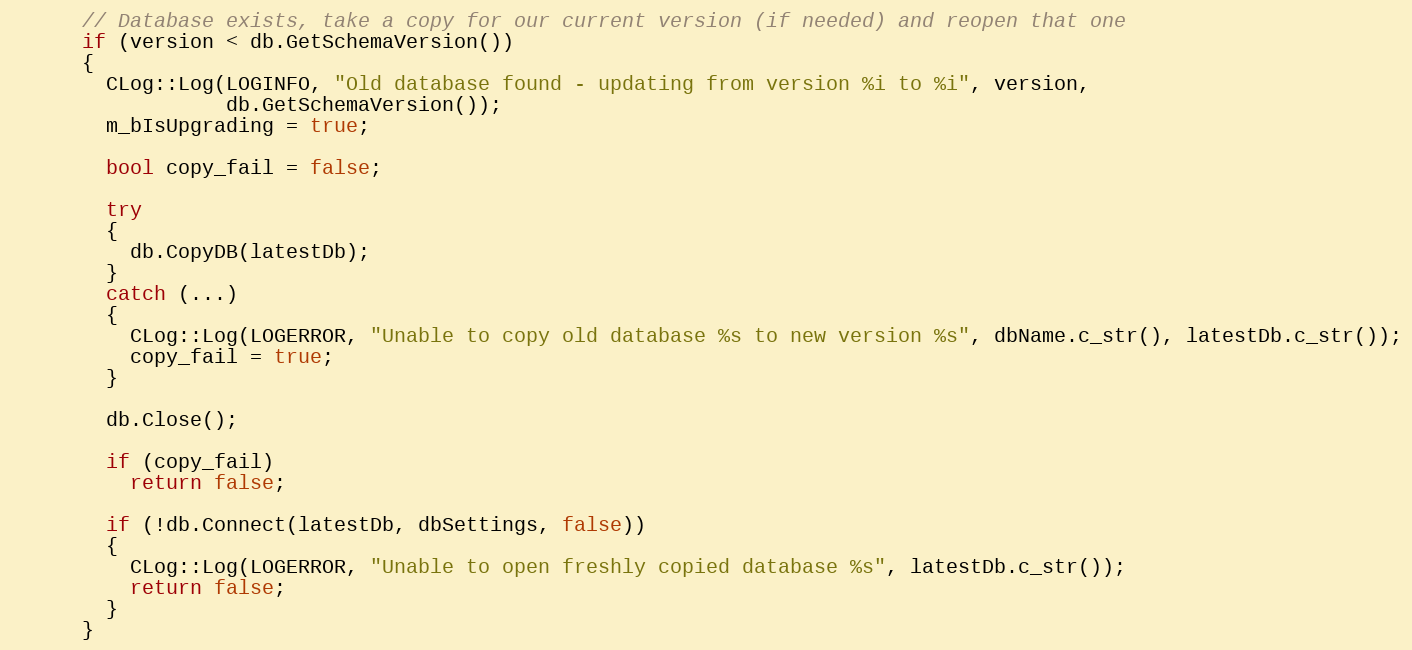
Language: C++
      // Database exists, take a copy for our current version (if needed) and reopen that one
      if (version < db.GetSchemaVersion())
      {
        CLog::Log(LOGINFO, "Old database found - updating from version %i to %i", version,
                  db.GetSchemaVersion());
        m_bIsUpgrading = true;

        bool copy_fail = false;

        try
        {
          db.CopyDB(latestDb);
        }
        catch (...)
        {
          CLog::Log(LOGERROR, "Unable to copy old database %s to new version %s", dbName.c_str(), latestDb.c_str());
          copy_fail = true;
        }

        db.Close();

        if (copy_fail)
          return false;

        if (!db.Connect(latestDb, dbSettings, false))
        {
          CLog::Log(LOGERROR, "Unable to open freshly copied database %s", latestDb.c_str());
          return false;
        }
      }